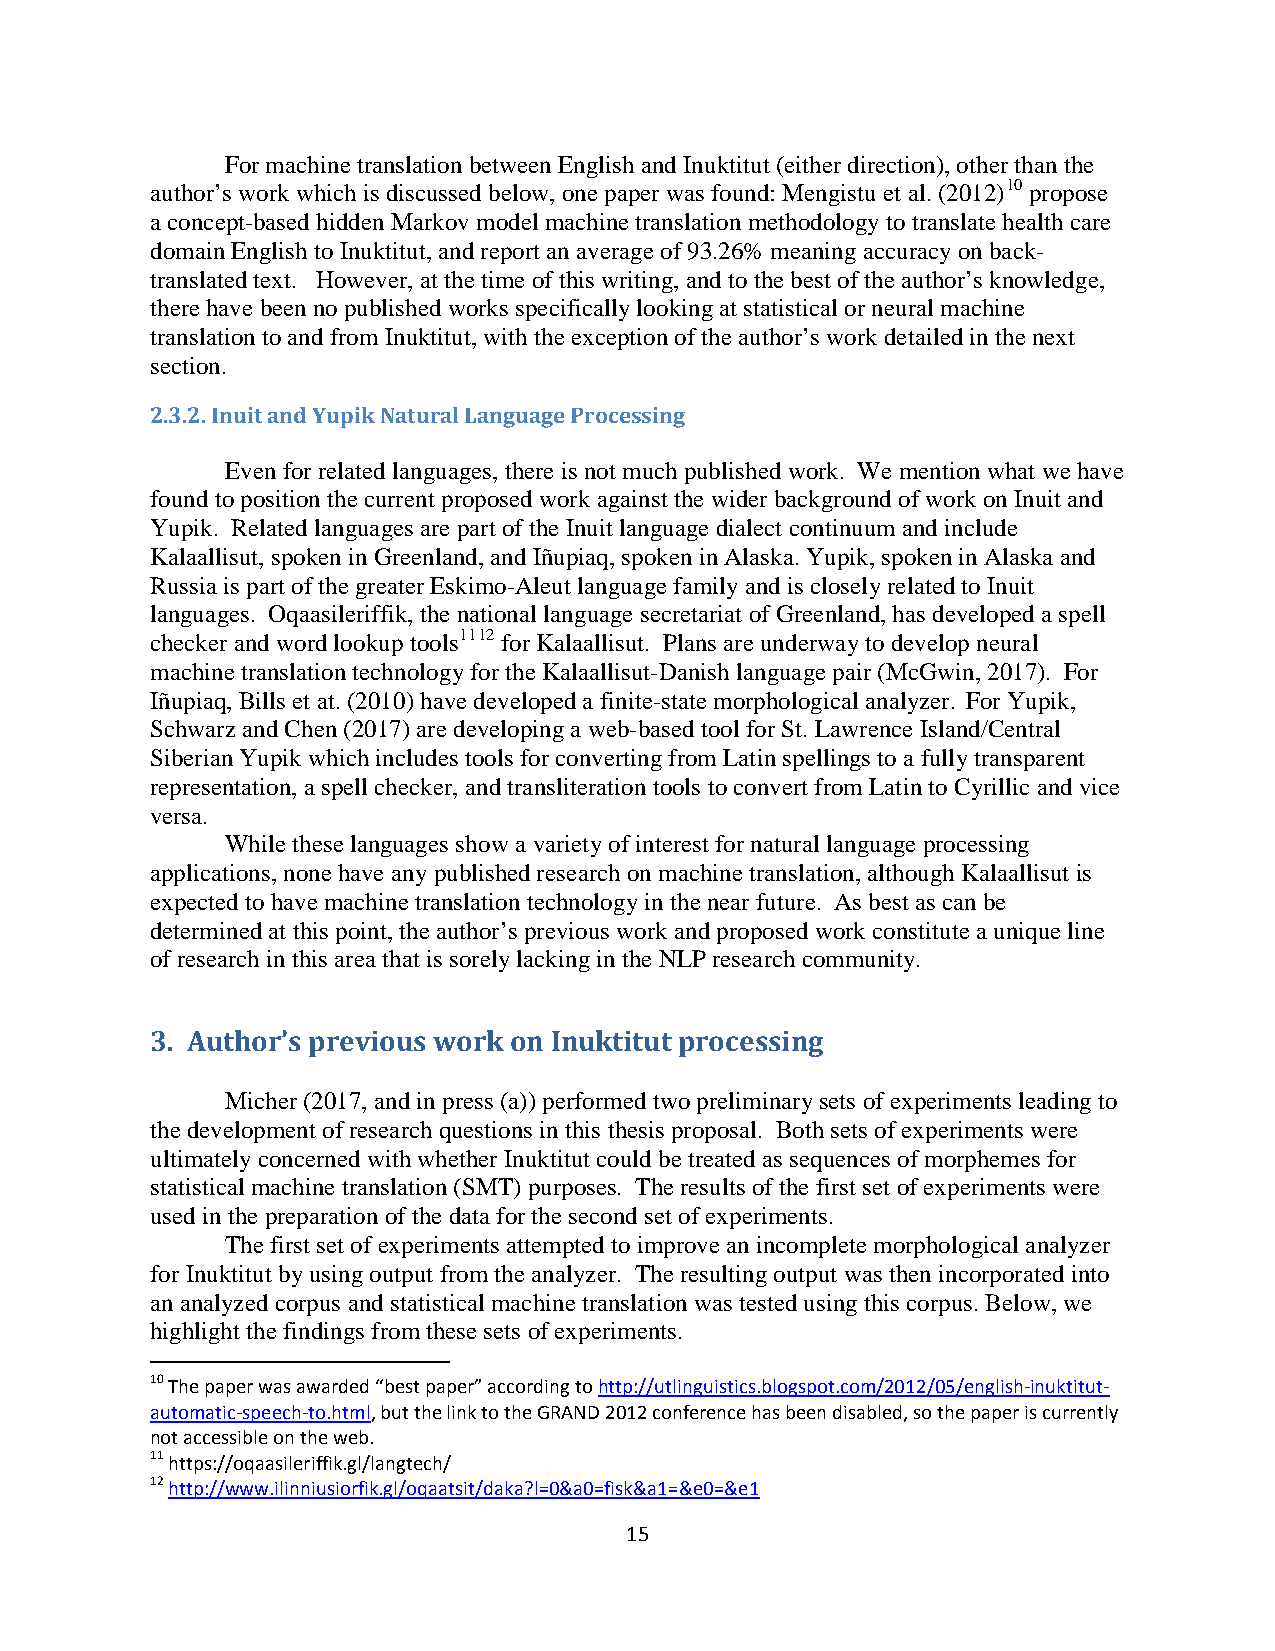
For machine translation between English and Inuktitut (either direction), other than the
 author’s work which is discussed below, one paper was found: Mengistu et al. (2012)10 propose
 a concept-based hidden Markov model machine translation methodology to translate health care
 domain English to Inuktitut, and report an average of 93.26% meaning accuracy on back-
 translated text. However, at the time of this writing, and to the best of the author’s knowledge,
 there have been no published works specifically looking at statistical or neural machine
 translation to and from Inuktitut, with the exception of the author’s work detailed in the next
 section.
 2.3.2. Inuit and Yupik Natural Language Processing
 Even for related languages, there is not much published work. We mention what we have
 found to position the current proposed work against the wider background of work on Inuit and
 Yupik. Related languages are part of the Inuit language dialect continuum and include
 Kalaallisut, spoken in Greenland, and Iñupiaq, spoken in Alaska. Yupik, spoken in Alaska and
 Russia is part of the greater Eskimo-Aleut language family and is closely related to Inuit
 languages. Oqaasileriffik, the national language secretariat of Greenland, has developed a spell
 checker and word lookup tools1112 for Kalaallisut. Plans are underway to develop neural
 machine translation technology for the Kalaallisut-Danish language pair (McGwin, 2017). For
 Iñupiaq, Bills et at. (2010) have developed a finite-state morphological analyzer. For Yupik,
 Schwarz and Chen (2017) are developing a web-based tool for St. Lawrence Island/Central
 Siberian Yupik which includes tools for converting from Latin spellings to a fully transparent
 representation, a spell checker, and transliteration tools to convert from Latin to Cyrillic and vice
 versa.
 While these languages show a variety of interest for natural language processing
 applications, none have any published research on machine translation, although Kalaallisut is
 expected to have machine translation technology in the near future. As best as can be
 determined at this point, the author’s previous work and proposed work constitute a unique line
 of research in this area that is sorely lacking in the NLP research community.
 3. Author’s previous work on Inuktitut processing
 Micher (2017, and in press (a)) performed two preliminary sets of experiments leading to
 the development of research questions in this thesis proposal. Both sets of experiments were
 ultimately concerned with whether Inuktitut could be treated as sequences of morphemes for
 statistical machine translation (SMT) purposes. The results of the first set of experiments were
 used in the preparation of the data for the second set of experiments.
 The first set of experiments attempted to improve an incomplete morphological analyzer
 for Inuktitut by using output from the analyzer. The resulting output was then incorporated into
 an analyzed corpus and statistical machine translation was tested using this corpus. Below, we
 highlight the findings from these sets of experiments.
 10 The paper was awarded “best paper” according to http://utlinguistics.blogspot.com/2012/05/english-inuktitut-
 automatic-speech-to.html, but the link to the GRAND 2012 conference has been disabled, so the paper is currently
 not accessible on the web.
 11 https://oqaasileriffik.gl/langtech/
 12 http://www.ilinniusiorfik.gl/oqaatsit/daka?l=0&a0=fisk&a1=&e0=&e1
 15